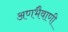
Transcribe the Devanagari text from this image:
अणभैवाणी